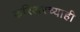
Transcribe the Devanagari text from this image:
करिअरच्याही